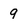
Character: 9